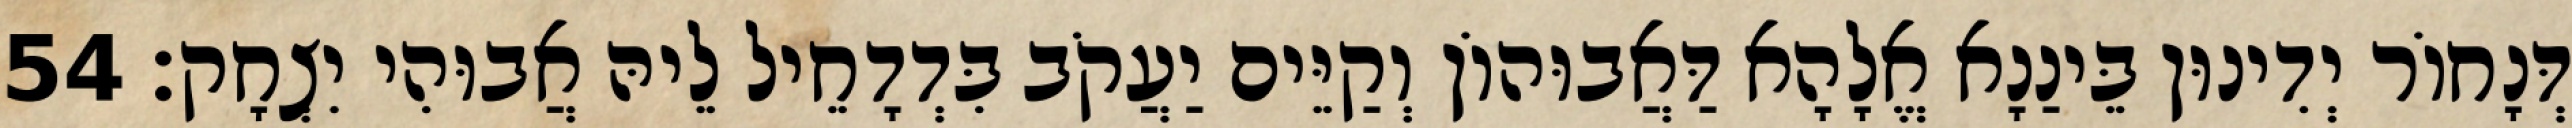
דְּנָחוֹר יְדִינוּן בֵּינַנָא אֱלָהָא דַּאֲבוּהוֹן וְקַיֵּים יַעֲקֹב בִּדְדָחֵיל לֵיהּ אֲבוּהִי יִצְחָק׃ 54